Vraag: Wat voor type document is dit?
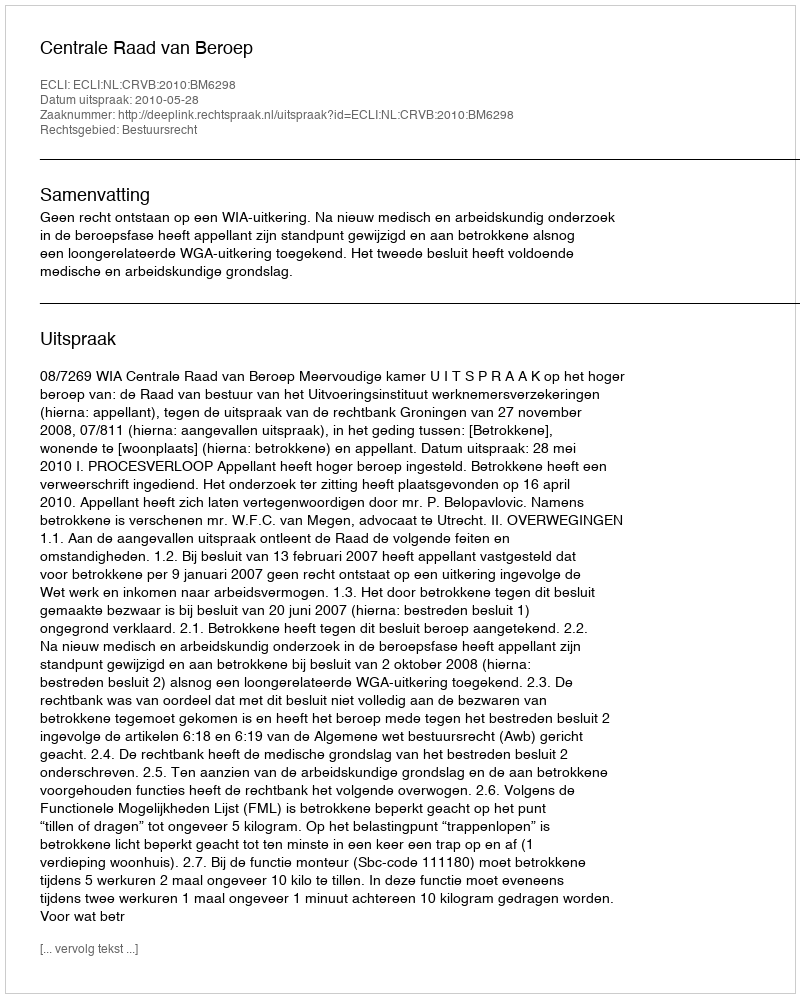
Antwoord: Uitspraak